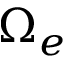
\Omega _ { e }